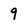
Character: 9